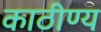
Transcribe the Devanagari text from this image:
काठीण्य